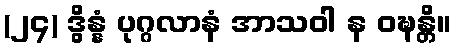
(၂၄) ဒွိန္နံ ပုဂ္ဂလာနံ အာသဝါ န ဝဍ္ဎန္တိ။